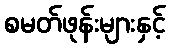
စမတ်ဖုန်းများနှင့်